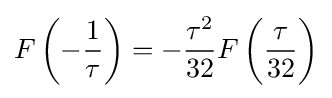
F\left(-{\frac {1}{\tau }}\right)=-{\frac {\tau ^{2}}{32}}F\left({\frac {\tau {\vphantom {1}}}{32}}\right)